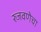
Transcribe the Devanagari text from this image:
रुजवणेचा